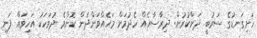
ހަށިގަނޑުގެ ސަރުބީ ދަށްކުރުން: ދިރާސާއެއް ހެދުމަށް މަހެއްވަންދެން ކޮންމެ ދުވަހަކު އަހިވައް ފަނި